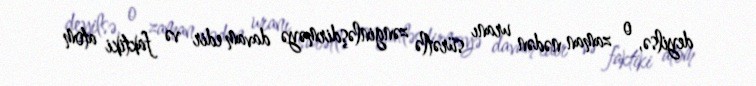
deyilsə, o zaman nədən uranı sürətlə zənginləşdirməyə davam edir və faktiki atom